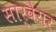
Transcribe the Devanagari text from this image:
सार्वेयर